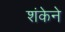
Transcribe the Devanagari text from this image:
शंकेने